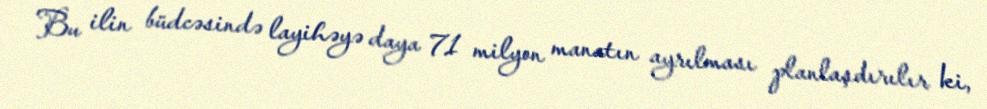
Bu ilin büdcəsində layihəyə daya 71 milyon manatın ayrılması planlaşdırılır ki,